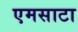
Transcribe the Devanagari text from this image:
एमसाटा